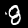
Digit: 8